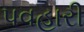
પવહારી